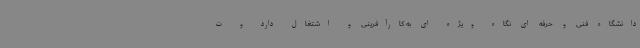
دانشگاه فنی و حرفه ای نگاه ویژه ای به کارآفرینی و اشتغال دارد و ت